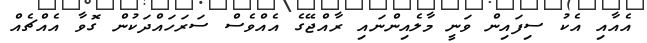
އެއާއި އެކު ސިފައިން ވަނީ މާލެއިންނައި ރާއްޖޭގެ އެއްވެސް ސަރަހައްދަކުން ގޮވާ އެއްޗެއް